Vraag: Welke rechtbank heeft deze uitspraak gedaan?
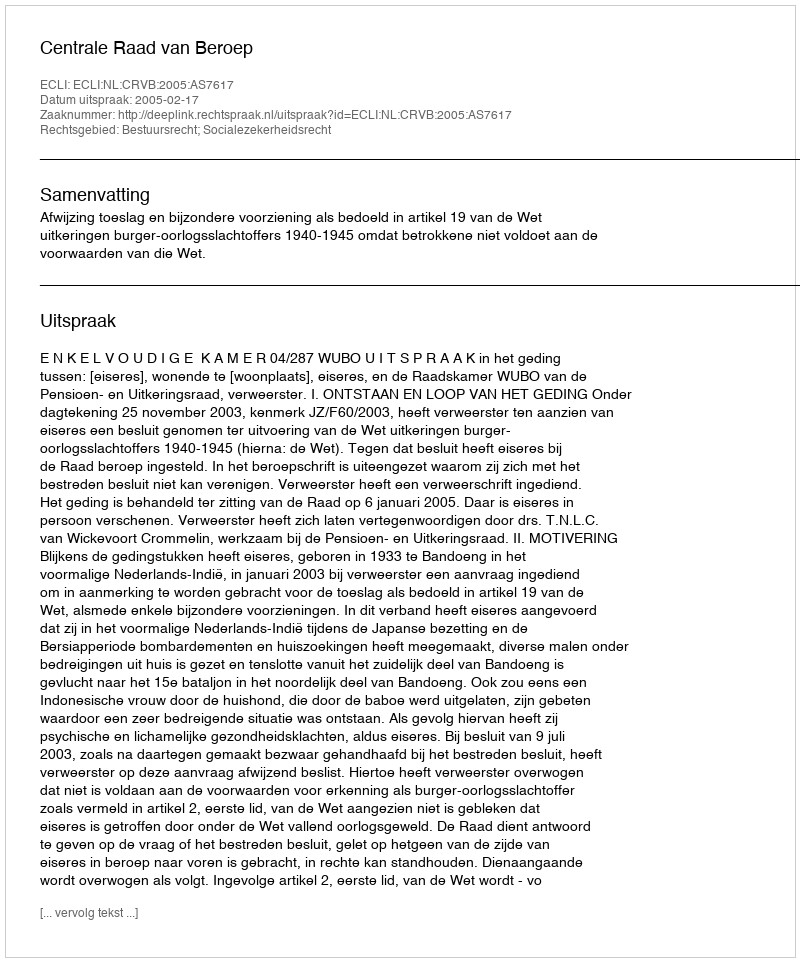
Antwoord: Centrale Raad van Beroep